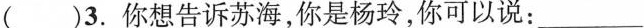
( )3.你想告诉苏海,你是杨玲,你可以说: _